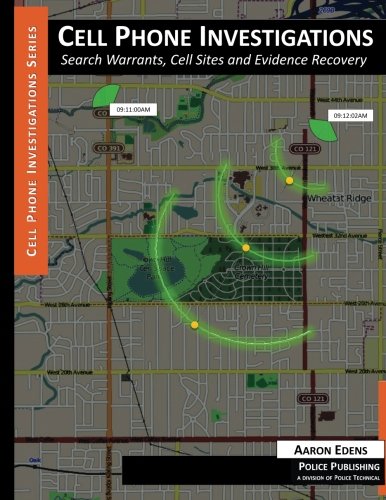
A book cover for Cell Phone Investigations: Search Warrants, Cell Sites and Evidence Recovery; Aaron Edens; Law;